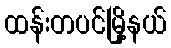
ထန်းတပင်မြို့နယ်